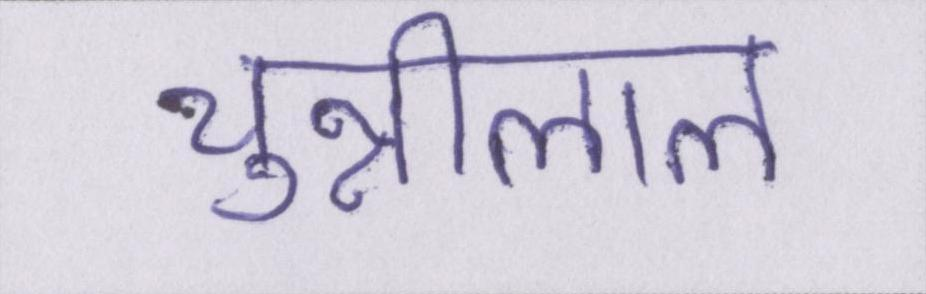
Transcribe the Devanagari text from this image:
चुन्नीलाल